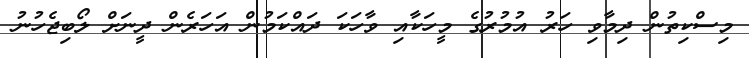
މިސްކިތުން ދިމާވި ހަރު އުމުރުގެ މީހަކާއި ވާހަކަ ދައްކަމުން އަހަރެން ދީނަށް ލޯބިޖެހުނު